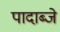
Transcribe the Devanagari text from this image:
पादाब्जे